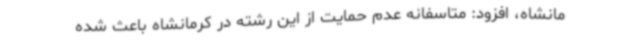
مانشاه، افزود: متاسفانه عدم حمایت از این رشته در کرمانشاه باعث شده